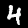
Label: 4